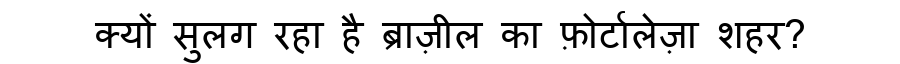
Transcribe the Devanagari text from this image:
क्यों सुलग रहा है ब्राज़ील का फ़ोर्टालेज़ा शहर?